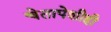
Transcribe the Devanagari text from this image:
चेतापेशीही